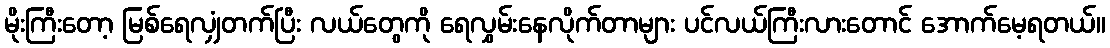
မိုးကြီးတော့ မြစ်ရေလျှံတက်ပြီး လယ်တွေကို ရေလွှမ်းနေလိုက်တာများ ပင်လယ်ကြီးလားတောင် အောက်မေ့ရတယ်။